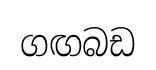
ගඟබඩ